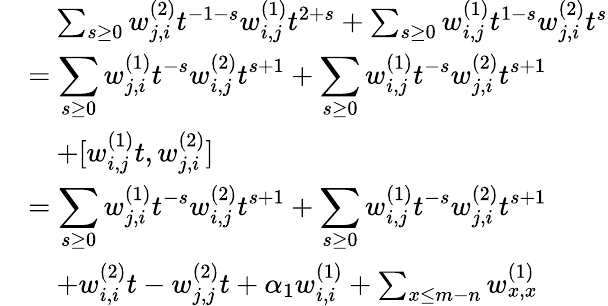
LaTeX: \begin{array}{rl}&{\quad\sum_{s\geq 0}w_{j,i}^{(2)}t^{-1-s}w_{i,j}^{(1)}t^{2+s}+\sum_{s\geq 0}w_{i,j}^{(1)}t^{1-s}w_{j,i}^{(2)}t^{s}}\\ &{=\displaystyle\sum_{s\geq 0}w_{j,i}^{(1)}t^{-s}w_{i,j}^{(2)}t^{s+1}+\displaystyle\sum_{s\geq 0}w_{i,j}^{(1)}t^{-s}w_{j,i}^{(2)}t^{s+1}}\\ &{\quad+[w_{i,j}^{(1)}t,w_{j,i}^{(2)}]}\\ &{=\displaystyle\sum_{s\geq 0}w_{j,i}^{(1)}t^{-s}w_{i,j}^{(2)}t^{s+1}+\displaystyle\sum_{s\geq 0}w_{i,j}^{(1)}t^{-s}w_{j,i}^{(2)}t^{s+1}}\\ &{\quad+w_{i,i}^{(2)}t-w_{j,j}^{(2)}t+\alpha_{1}w_{i,i}^{(1)}+\sum_{x\leq m-n}w_{x,x}^{(1)}}\end{array}